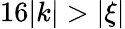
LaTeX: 16|k|>|\xi|